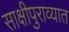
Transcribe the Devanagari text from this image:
साक्षीपुराव्यात